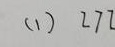
( 1 ) 2 7 2